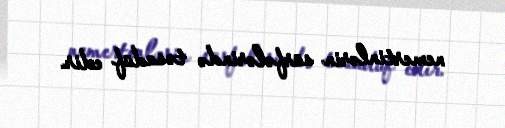
nemertinlərin sürfələrində təsadüf edir.